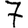
Digit: 7